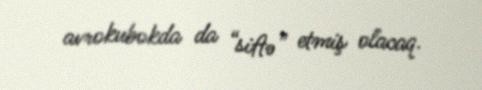
avrokubokda da “siftə” etmiş olacaq.